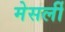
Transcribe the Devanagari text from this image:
मेसर्ली